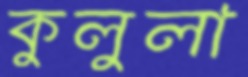
কুলুলা